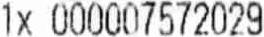
1X 000007572029